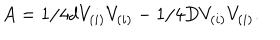
A = 1 / 4 d V _ { ( i ) } V _ { ( i ) } - 1 / 4 D V _ { ( i ) } V _ { ( i ) } .